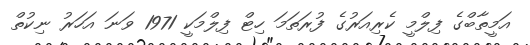
އަމީތާބްގެ ފިލްމީ ކެރިއަރުގެ ފުރަތަމަ ހިޓް ފިލްމަކީ 1971 ވަނަ އަހަރު ނިކުތް